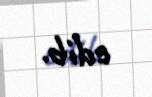
edib.